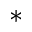
^ *